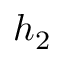
h _ { 2 }